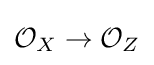
{\mathcal {O}}_{X}\to {\mathcal {O}}_{Z}